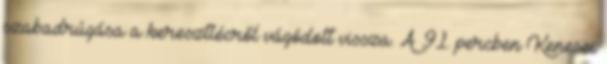
szabadrúgása a keresztlécről vágódott vissza. A 91. percben Kenesei